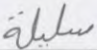
سليلة